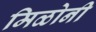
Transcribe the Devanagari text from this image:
मिळोनी